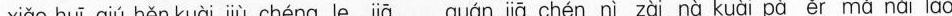
xiǎo huī qiú hěn kuài jiù chéng le jiā quán jiā chén nì zài nà kuài pà ěr mǎ nǎi lào